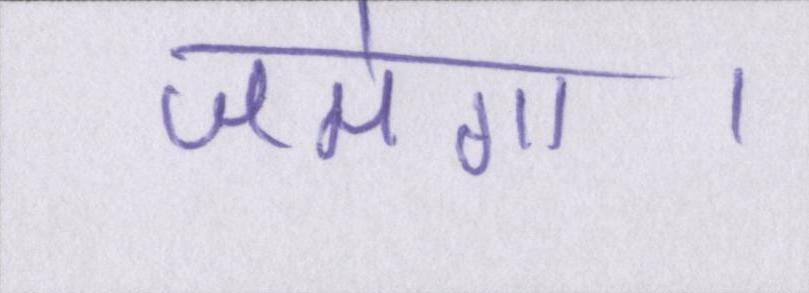
जमेगा।